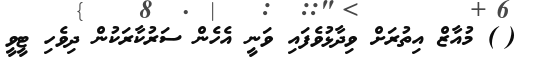
(@) މުއާޒް އިތުރަށް ވިދާޅުވެފައި ވަނީ އެހެން ސަރުކާރަކުން ދިވެހި ޓީވީ